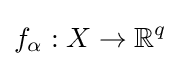
f_{\alpha }:X\to \mathbb {R} ^{q}